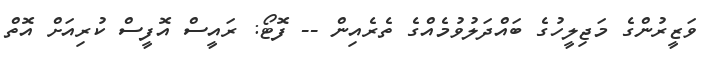
ވަޒީރުންގެ މަޖިލީހުގެ ބައްދަލުވުމެއްގެ ތެރެއިން -- ފޮޓޯ: ރައީސް އޮފީސް ކުރިއަށް އޮތް